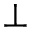
\perp